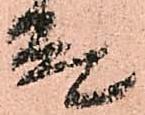
殿